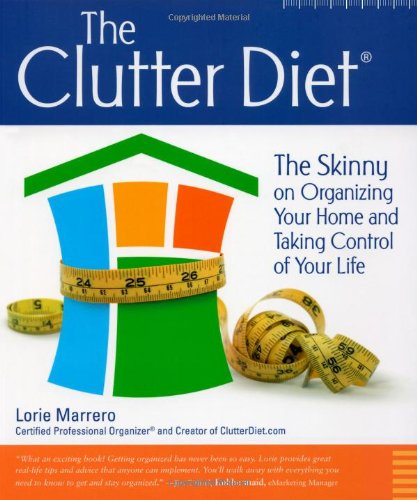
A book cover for The Clutter Diet: The Skinny on Organizing Your Home and Taking Control of Your Life; Lorie Marrero; Crafts, Hobbies & Home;